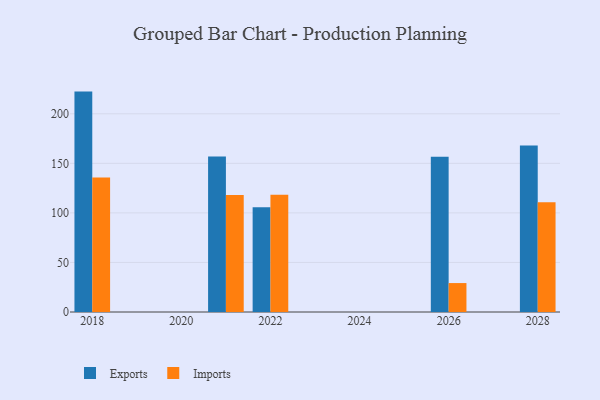
{"axis": {"x": "Year", "y": "Waste Production (Tons)"}, "legend": ["Exports", "Imports"], "data": [{"x": "2022", "y": 105.6, "type": "Exports"}, {"x": "2022", "y": 118.4, "type": "Imports"}, {"x": "2018", "y": 222.4, "type": "Exports"}, {"x": "2018", "y": 135.8, "type": "Imports"}, {"x": "2026", "y": 156.6, "type": "Exports"}, {"x": "2026", "y": 29.2, "type": "Imports"}, {"x": "2028", "y": 168.0, "type": "Exports"}, {"x": "2028", "y": 110.8, "type": "Imports"}, {"x": "2021", "y": 157.0, "type": "Exports"}, {"x": "2021", "y": 118.1, "type": "Imports"}]}